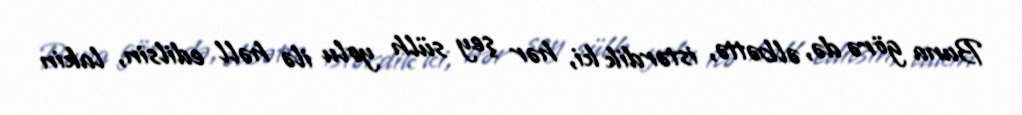
Buna görə də, əlbəttə, istərdik ki, hər şey sülh yolu ilə həll edilsin, lakin